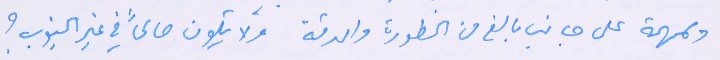
ولمهمة على جانب بالغ من الخطورة والدقة ولا يكون صالحاً في غير الجنوب؟